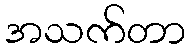
အသက်တာ